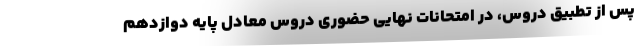
پس از تطبیق دروس، در امتحانات نهایی حضوری دروس معادل پایه دوازدهم